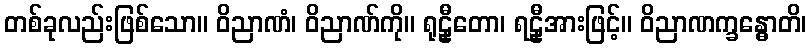
တစ်ခုလည်းဖြစ်သော။ ဝိညာဏံ၊ ဝိညာဏ်ကို။ ရုဠှီတော၊ ရဠှီအားဖြင့်။ ဝိညာဏက္ခန္ဓောတိ၊